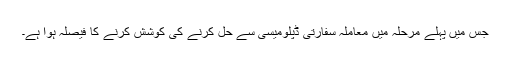
جس میں پہلے مرحلہ میں معاملہ سفارتی ڈپلومیسی سے حل کرنے کی کوشش کرنے کا فیصلہ ہوا ہے۔